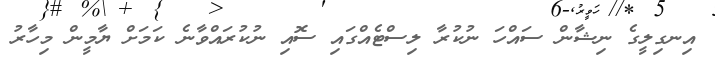
އިނގިލީގެ ނިޝާން ސައްހަ ނުކުރާ ލިސްޓެއްގައި ސޮއި ނުކުރައްވާނެ ކަމަށް ޔާމީން މިހާރު